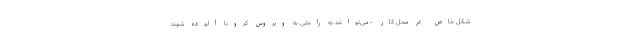
شکل خاص در محل کار - می‌توانند به ‌راحتی به ویروس کرونا آلوده شوند.